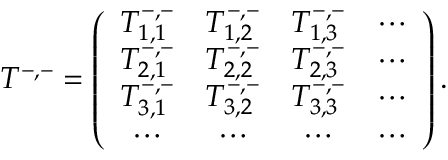
T ^ { - , - } = \left( \begin{array} { c c c c c } { T _ { 1 , 1 } ^ { - , - } } & { T _ { 1 , 2 } ^ { - , - } } & { T _ { 1 , 3 } ^ { - , - } } & { \cdots } \\ { T _ { 2 , 1 } ^ { - , - } } & { T _ { 2 , 2 } ^ { - , - } } & { T _ { 2 , 3 } ^ { - , - } } & { \cdots } \\ { T _ { 3 , 1 } ^ { - , - } } & { T _ { 3 , 2 } ^ { - , - } } & { T _ { 3 , 3 } ^ { - , - } } & { \cdots } \\ { \cdots } & { \cdots } & { \cdots } & { \cdots } \end{array} \right) .